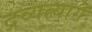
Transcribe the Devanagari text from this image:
द्रव्यत्यागे